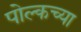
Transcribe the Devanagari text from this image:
पोल्कच्या